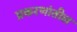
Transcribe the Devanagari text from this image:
प्रकरणांतील